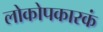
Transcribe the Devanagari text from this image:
लोकोपकारकं